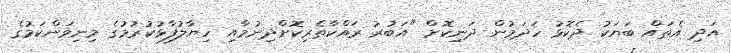
އަދި އެތައް ބަޔަކު ދެކޮޅު ހަދަމުން ދަނިކޮށް "އަބުރު ރައްކާތެރިކޮށްދިނުމާއި ހިޔާލުފާޅުކުރުމުގެ މިނިވަންކަމުގެ